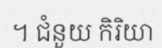
។ ជំនួយ កិរិយា